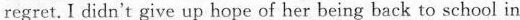
regret.I didn't give up hope of her being back to school in